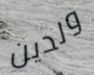
ولدين